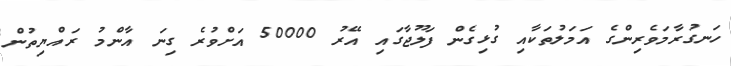
ހަނގުރާމަވެރިންގެ އަމަލުތަކާއި ގުޅިގެން ފަލޫޖާގައި އޭރު 50000 އަށްވުރެ ގިނަ އާންމު ރައްޔިތުން